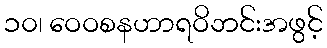
၁၀၊ ဝေဝစနဟာရဝိဘင်းအဖွင့်